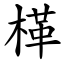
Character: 㮖